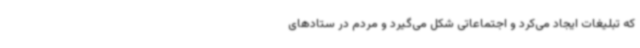
که تبلیغات ایجاد می‌کرد و اجتماعاتی شکل می‌گیرد و مردم در ستادهای